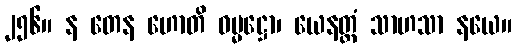
၂၅၆။ န တေန ဟောတိ ဓမ္မဋ္ဌော၊ ယေနတ္ထံ သာဟသာ နယေ။